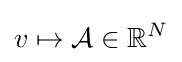
v\mapsto {\mathcal {A}}\in \mathbb {R} ^{N}